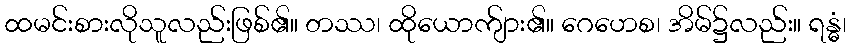
ထမင်းစားလိုသူလည်းဖြစ်၏။ တဿ၊ ထိုယောက်ျား၏။ ဂေဟေစ၊ အိမ်၌လည်း။ ရန္ဓံ၊